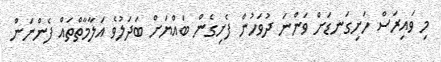
މި ވައިރަސް ހަށިގަނޑަށް ވަންނަ ދުވަހުން ފެށިގެން ބައްޔަށް ބަދަލުވެ އަލާމާތްތައް ފެންނަން